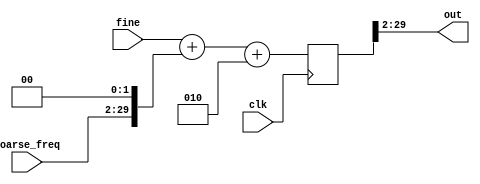
`timescale 1ns / 1ns

module cav_freq(
	input clk,
	input signed [17:0] fine,
	// getting the following control into the address map is the
	// whole point of this module:
	(* external *)
	input signed [27:0] coarse_freq, // external
	output signed [27:0] out
);

// valid range of df_scale is 0 to 9, but one has to be increasingly
// concerned about overflow.  The Pro tip about the range of coarse
// frequency in cav_elec.v is implicitly sensitive to df_scale.
parameter df_scale=0;

reg signed [29:0] out_r=0;
always @(posedge clk) out_r <= (fine<<<df_scale) + (coarse_freq<<<2) + 2;
assign out = out_r[29:2];

endmodule